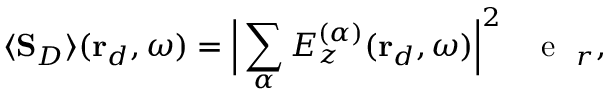
\langle \mathbf { S } _ { D } \rangle ( \mathbf { r } _ { d } , \omega ) = \Big \lvert \sum _ { \alpha } E _ { z } ^ { ( \alpha ) } ( \mathbf { r } _ { d } , \omega ) \Big \rvert ^ { 2 } \, \mathrm { ~ \textbf ~ { ~ e ~ } ~ } _ { r } ,